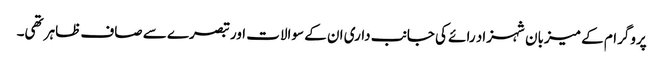
پروگرام کے میزبان شہزاد رائے کی جانب داری ان کے سوالات اور تبصرے سے صاف ظاہر تھی۔